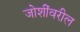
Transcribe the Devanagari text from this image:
जोशींवरील